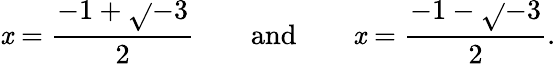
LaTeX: \mathit{x}={\frac{{-1+{\sqrt{}{{-3}}}}}{{2}}}\quad\quad{\mathrm{{and}}}\quad\quad\mathit{x}={\frac{{-1-{\sqrt{}{{-3}}}}}{{2}}}.